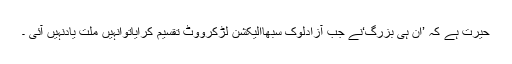
حیرت ہے کہ ’ان ہی بزرگ‘نے جب آزادلوک سبھاالیکشن لڑکرووٹ تقسیم کرایاتوانہیں ملت یادنہیں آئی ۔